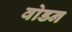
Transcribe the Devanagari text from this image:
वोडन